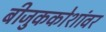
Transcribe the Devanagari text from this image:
बीजुककोशांवर